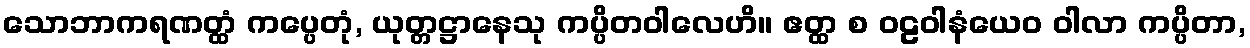
သောဘာကရဏတ္ထံ ကပ္ပေတုံ, ယုတ္တဋ္ဌာနေသု ကပ္ပိတဝါလေဟိ။ ဧတ္ထ စ ဝဠဝါနံယေဝ ဝါလာ ကပ္ပိတာ,